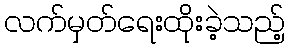
လက်မှတ်ရေးထိုးခဲ့သည့်